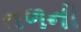
તળની